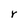
Character: r